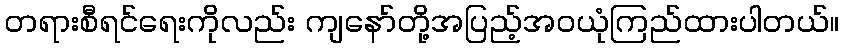
တရားစီရင်ရေးကိုလည်း ကျနော်တို့အပြည့်အဝယုံကြည်ထားပါတယ်။